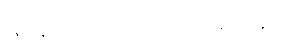
မြင့်ဆုံး လက်ထောက် ဆရာဝန်ပေ။